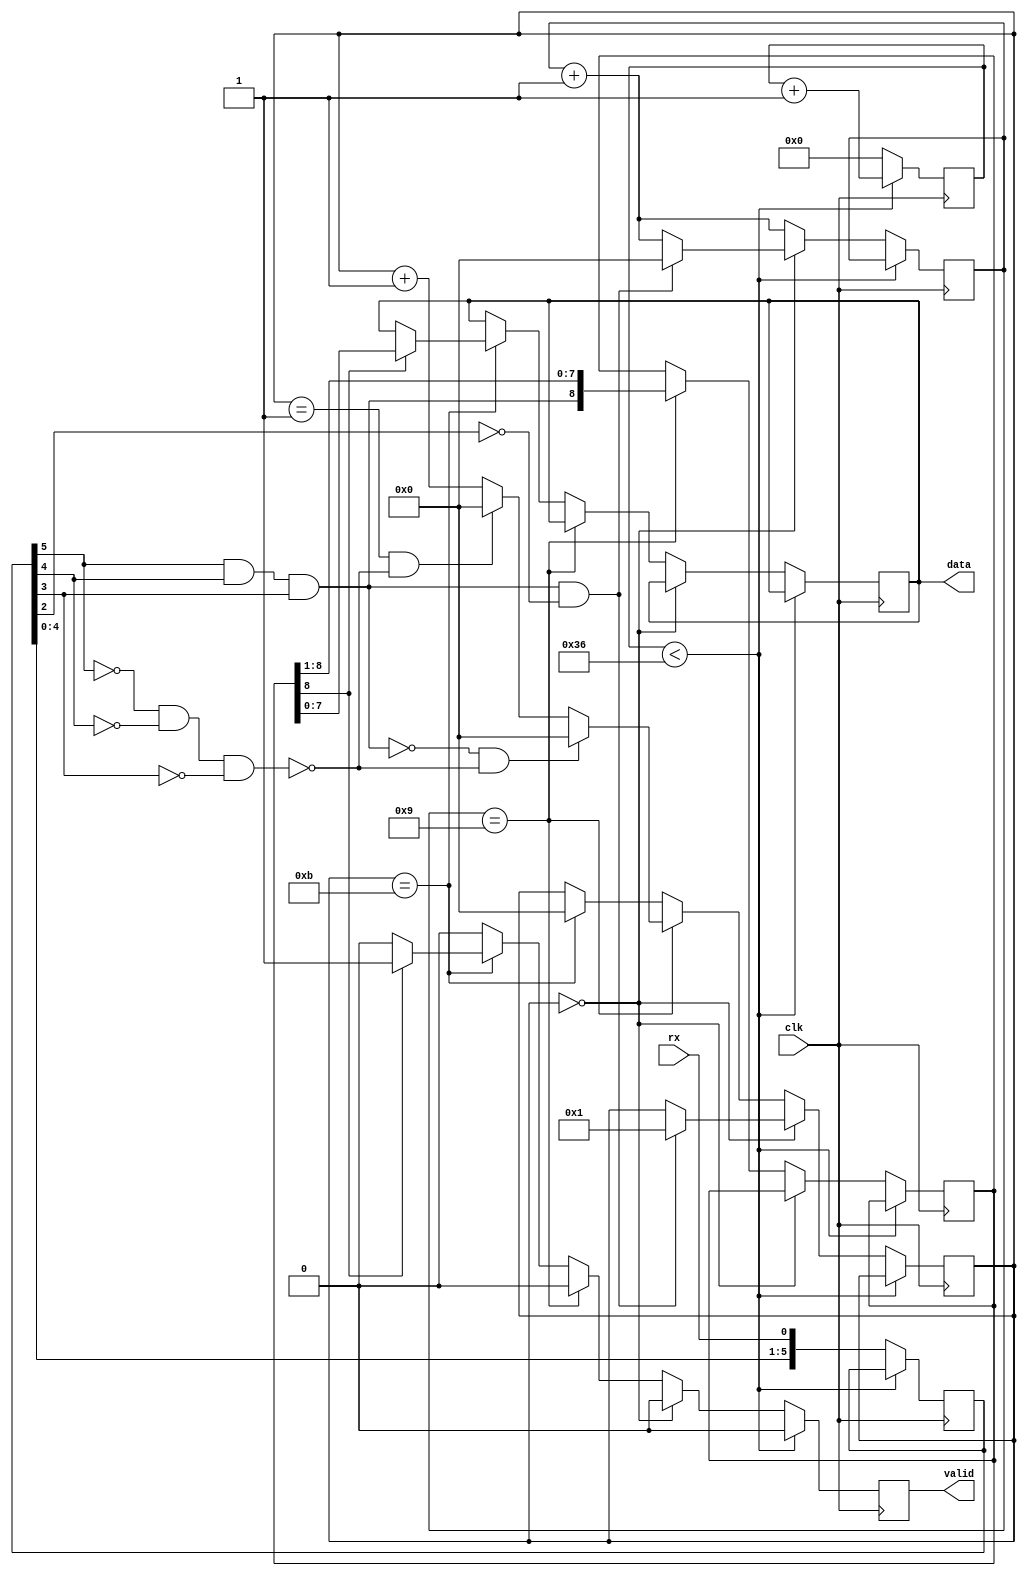
`timescale 1ns / 1ps
// UART RX Module
//
// 8 data bits, 0 parity, 1 stop.
//
// * Expects a clock which is 16x the serial data rate.
// * Oversamples at 16x the baud rate, and will synchronize to the start bit.
// * Samples in the middle of each bit.
// * Does not tolerate noise ( will reject noisy data).

// Sampling graph:
// State:   [  S  S  ]                    [  M  ]                                         [  M  ]
// Serial:  1  1  1  0  0  0  0  0  0  0  0  0  0  0  0  0  0  0  0  1  1  1  1  1  1  1  1  1  1  1  1  1
// Counter: X  0  1  2  3  4  5  6  7  8  9  10 11 12 13 14 15 0  1  2  3  4  5  6  7  8  9  10 11 12 13 14
// 

module uart_rx_ctrl#(
    parameter BAUD = 115200,
    parameter CLOCK_SPEED = 100_000_000,
    parameter CNTR_WIDTH = 18
)(
    input clk,
    input rx,
    output reg [7:0] data = 0,
    output reg valid = 0
);
    
    localparam [CNTR_WIDTH-1:0] BAUD_TIMER = CLOCK_SPEED / BAUD;
    localparam [CNTR_WIDTH-1:0] SAMPLE_RATE = BAUD_TIMER / 16;
    
    reg [CNTR_WIDTH-1:0] sample_timer = 0;
    
    //
    reg [5:0] serial = 6'b1111_11;
    reg [3:0] counter = 4'd0;
    reg [3:0] state = 4'd0;
    reg [8:0] partial_byte = 9'd0;

    // Detectors
    wire start_detect = serial[5] & serial[4] & serial[3] & ~serial[2];
    wire one_detect = serial[5] & serial[4] & serial[3];
    wire zero_detect = ~serial[5] & ~serial[4] & ~serial[3];

    //
    always @ (posedge clk)
    begin
        if (sample_timer < SAMPLE_RATE) begin
            sample_timer <= sample_timer + 1;
            valid <= 1'b0;
        end else begin
            sample_timer <= 0;
            
            // Meta-stability protection and history
            serial <= {serial[4:0], rx};
    
            // What fraction of bit time are we at
            counter <= counter + 4'd1;
    
            if (valid)
                valid <= 1'b0;
    
            // Finite-State-Machine
            if (state == 4'd0)
            begin
                if (start_detect)
                begin
                    state <= 4'd1;
                    counter <= 4'd0;
                end
            end
            else if (counter == 4'd9)
            begin
                state <= state + 4'd1;
                partial_byte <= {one_detect, partial_byte[8:1]};
    
                // Noise error! Reset!
                if (~one_detect & ~zero_detect)
                    state <= 4'd0;
                else if ((state == 4'd1) & ~zero_detect)    // Start bit error
                    state <= 4'd0;
            end
            else if (state == 4'd11)
            begin
                state <= 4'd0;
                
                // Stop bit correctly received?
                if (partial_byte[8])
                begin
                    valid <= 1'b1;
                    data <= partial_byte[7:0];
                end
            end
        end
    end

endmodule